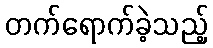
တက်ရောက်ခဲ့သည့်